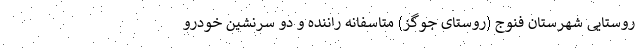
روستایی شهرستان فنوج (روستای جوگز) متاسفانه راننده و دو سرنشین خودرو